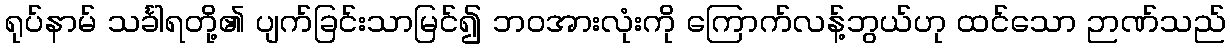
ရုပ်နာမ် သင်္ခါရတို့၏ ပျက်ခြင်းသာမြင်၍ ဘဝအားလုံးကို ကြောက်လန့်ဘွယ်ဟု ထင်သော ဉာဏ်သည်